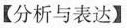
【分析与表达】